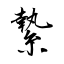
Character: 縶